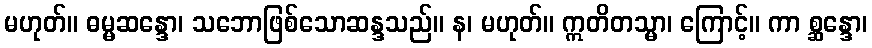
မဟုတ်။ ဓမ္မဆန္ဒော၊ သဘောဖြစ်သောဆန္ဒသည်။ န၊ မဟုတ်။ ဣတိတသ္မာ၊ ကြောင့်။ ကာ စ္ဆန္ဒော၊